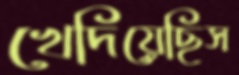
খেদিয়েছিস